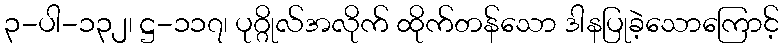
၃-ပါ-၁၃၂၊ ဋ္ဌ-၁၁၇၊ ပုဂ္ဂိုလ်အလိုက် ထိုက်တန်သော ဒါနပြုခဲ့သောကြောင့်